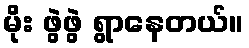
မိုး ဖွဲဖွဲ ရွာနေတယ်။